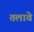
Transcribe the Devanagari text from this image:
तलावे